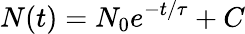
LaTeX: N(t)=N_{0}e^{-t/\tau}+C